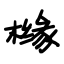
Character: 橼